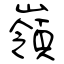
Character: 嶺